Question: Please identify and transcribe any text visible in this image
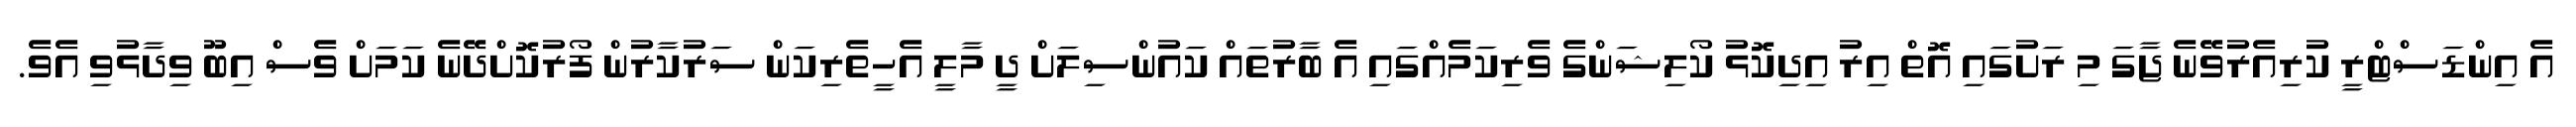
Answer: އެ އިންޑަސްޓްރީ ކުރިއެރުވޭނެ ޖާގަ މި ރަށުގައި އޮތް އިރު އިދިކޮޅު ކޯލިޝަންގެ ވެރިކަމެއްގައި އެ ބާރުތައް ކައުންސިލަށް ދީ މާލީ އެހީތެރިކަން ސަރުކާރުން ފޯރުކޮށްދޭނެ ކަމަށް ވެސް އިބޫ ވިދާޅުވި އެވެ.